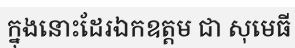
ក្នុងនោះដែរឯកឧត្តម ជា សុមេធី